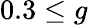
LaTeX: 0.3\leq g